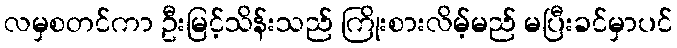
လမှစတင်ကာ ဦးမြင့်သိန်းသည် ကြိုးစားလိမ့်မည် မပြီးခင်မှာပင်